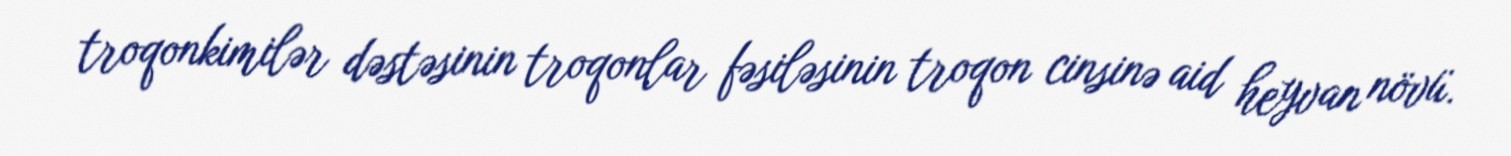
troqonkimilər dəstəsinin troqonlar fəsiləsinin troqon cinsinə aid heyvan növü.